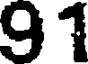
91